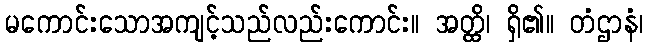
မကောင်းသောအကျင့်သည်လည်းကောင်း။ အတ္ထိ၊ ရှိ၏။ တံဌာနံ၊